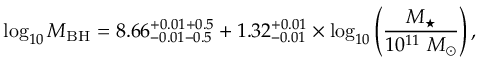
\log _ { 1 0 } M _ { \mathrm { B H } } = 8 . 6 6 _ { - 0 . 0 1 - 0 . 5 } ^ { + 0 . 0 1 + 0 . 5 } + 1 . 3 2 _ { - 0 . 0 1 } ^ { + 0 . 0 1 } \times \log _ { 1 0 } \left( \frac { M _ { \star } } { 1 0 ^ { 1 1 } \ M _ { \odot } } \right) ,